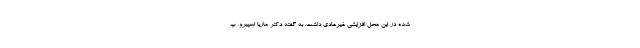
شده در این محل افزایشی غیرعادی داشت. به گفته دکتر ماریا اسپیرو، پ